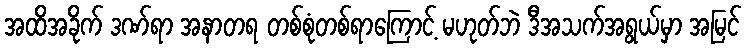
အထိအခိုက် ဒဏ်ရာ အနာတရ တစ်စုံတစ်ရာကြောင့် မဟုတ်ဘဲ ဒီအသက်အရွယ်မှာ အမြင်